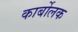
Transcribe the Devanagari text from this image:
कार्बोलक